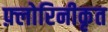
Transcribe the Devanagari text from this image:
फ़्लोरिनीकृत